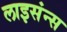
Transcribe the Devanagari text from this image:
लाइसंन्स